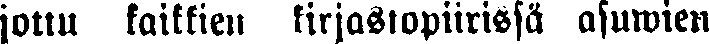
jotta kaikkien kirjastopiirissä asuwien